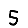
Digit: 5